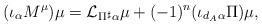
LaTeX: \begin{align*} (\iota_{\alpha} M^\mu ) \mu = \mathcal{L}_{\Pi^{\sharp} \alpha} \mu + (-1)^n (\iota_ {d_A \alpha } \Pi) \mu,\end{align*}